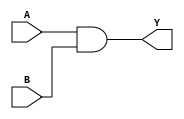
`timescale 1ns/10ps
module test (A,B,Y);

input A,B;
output Y;
wire x1;

nand inst1(x1,A,B);
not inst2(Y,x1);

endmodule